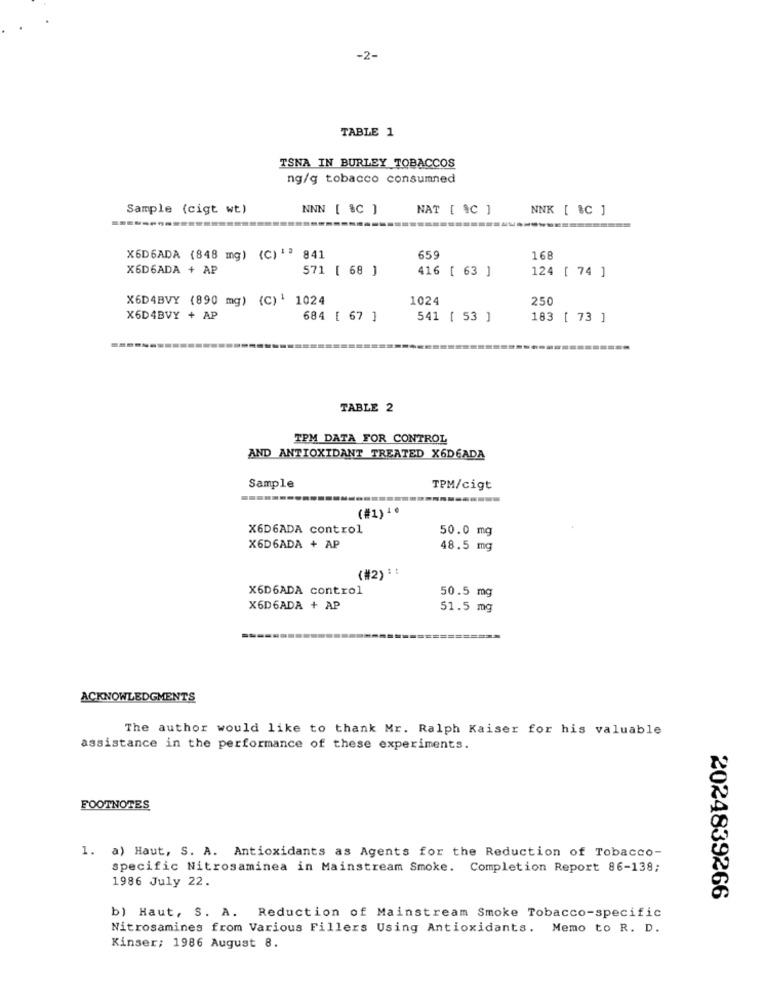
-2-
TABLE 1
TSNA IN BURLEY TOBACCOS
ng/g tobacco consumned
Sample (cigt wt)
NNN [ &C ]
NAT [ &C ]
NNK [ &C ]
X6D6ADA (848 mg) (C) 'ª 841
659
168
X6D6ADA + AP
571 [ 68 ]
416 [ 63 ]
124 [ 74 ]
X6D4BVY (890 mg) (C)' 1024
1024
250
X6D4BVY + AP
684 [ 67 ]
541 [ 53 ]
183 [ 73 ]
TABLE 2
TPM DATA FOR CONTROL
AND ANTIOXIDANT TREATED X6DEADA
Sample
TPM/cigt
(#1) 4
X6D6ADA control
50.0 mg
X6D6ADA + AP
48.5 mg
(#2) ::
X6D6ADA control
50.5 mg
X6D6ADA + AP
51.5 mg
ACKNOWLEDGMENTS
The author would like to thank Mr. Ralph Kaiser for his valuable
assistance in the performance of these experiments.
FOOTNOTES
1. a) Haut, S. A. Antioxidants as Agents for the Reduction of Tobacco-
specific Nitrosaminea in Mainstream Smoke. Completion Report 86-138;
1986 July 22.
2024839266
b) Haut, S. A. Reduction of Mainstream Smoke Tobacco-specific
Nitrosamines from Various Fillers Using Antioxidants. Memo to R. D.
Kinser; 1986 August 8.